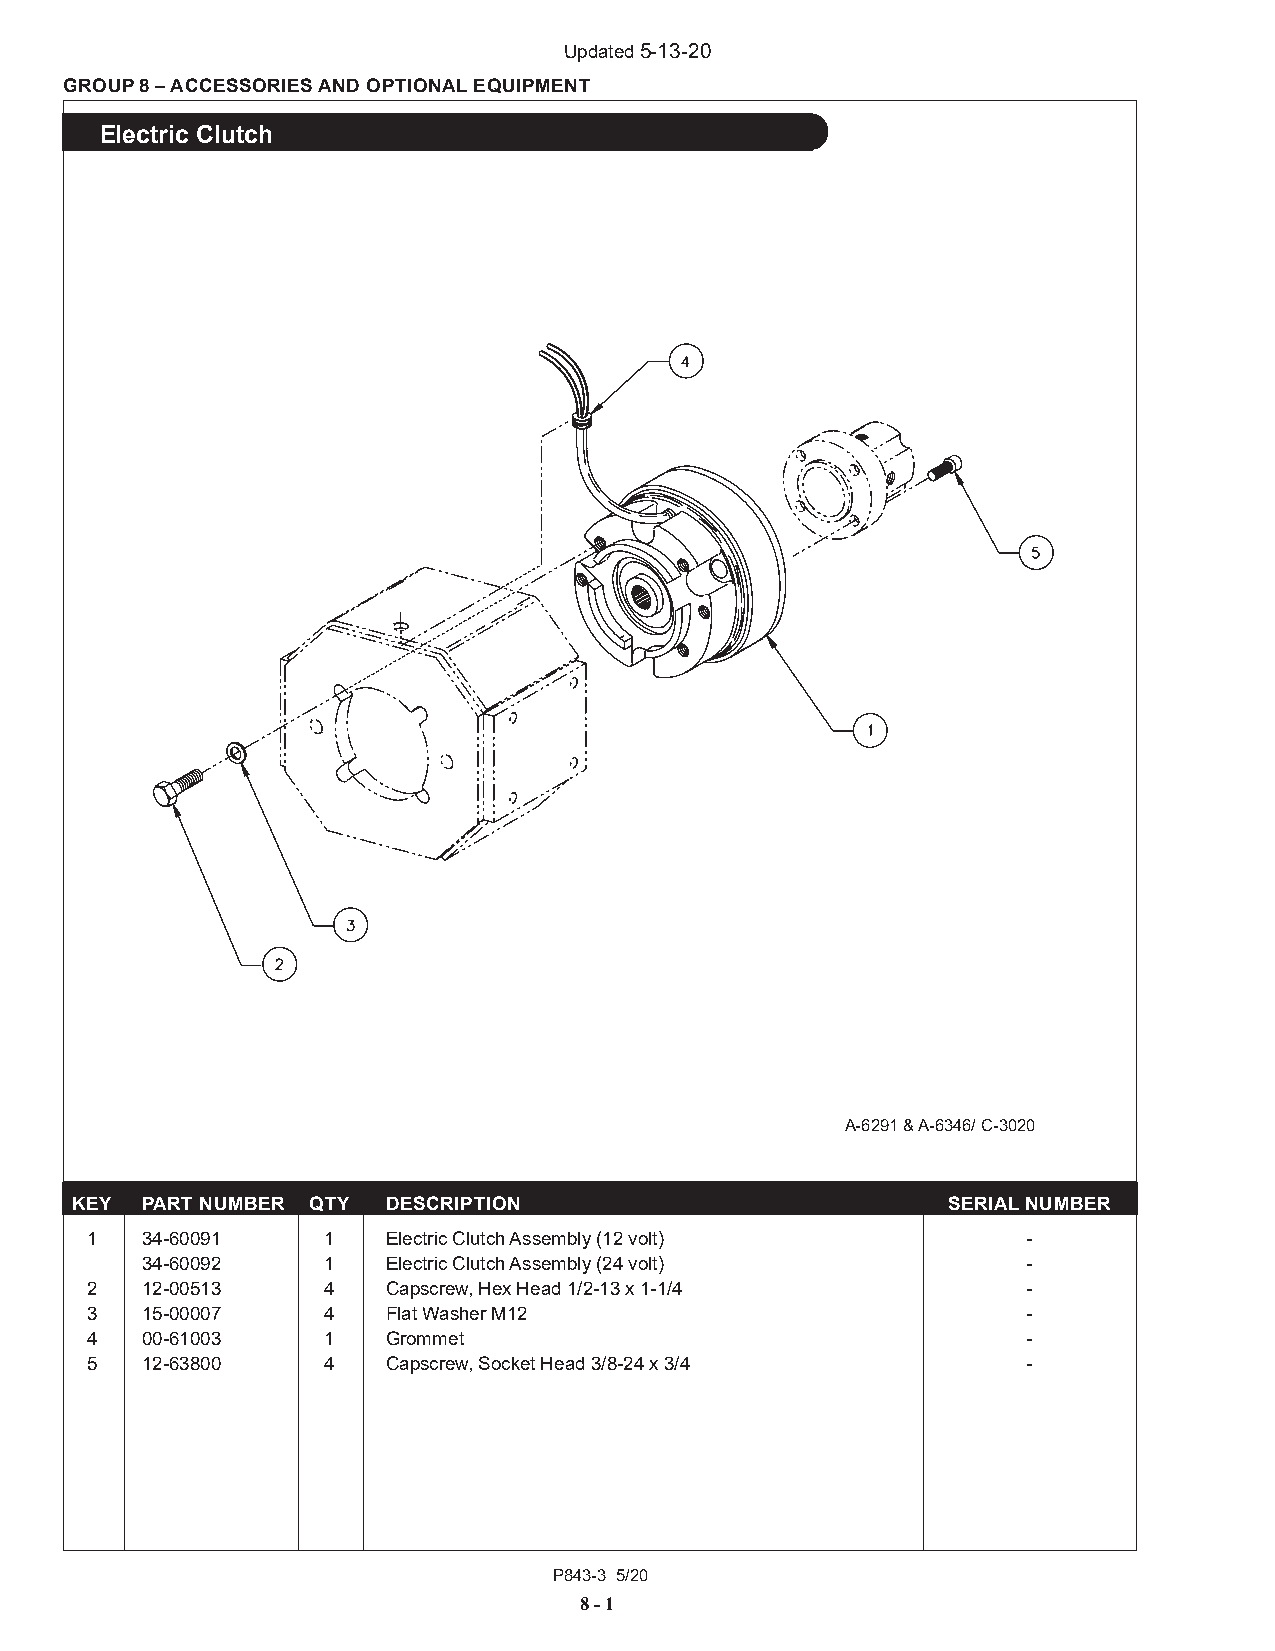
Updated 5-13-20
 GROUP 8 – ACCESSORIES AND OPTIONAL EQUIPMENT
 Electric Clutch
 A-6291 & A-6346/ C-3020
 KEY PART NUMBER QTY  DESCRIPTION                          SERIAL NUMBER
 1  34-60091    1    Electric Clutch Assembly (12 volt)        -
 34-60092    1    Electric Clutch Assembly (24 volt)        -
 2  12-00513    4    Capscrew, Hex Head 1/2-13 x 1-1/4         -
 3  15-00007    4    Flat Washer M12                           -
 4  00-61003    1    Grommet                                   -
 5  12-63800    4    Capscrew, Socket Head 3/8-24 x 3/4        -
 P843-3 5/20
 8 - 1